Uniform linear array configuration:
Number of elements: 48
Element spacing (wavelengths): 1
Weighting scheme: blackman
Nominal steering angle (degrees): -15
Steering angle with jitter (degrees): -15.605
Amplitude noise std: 0.05
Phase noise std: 0.05

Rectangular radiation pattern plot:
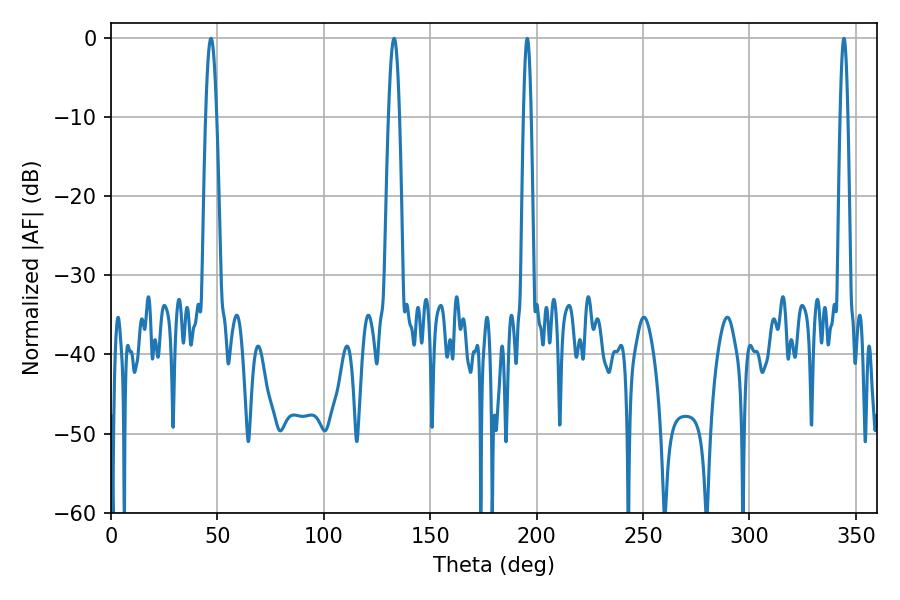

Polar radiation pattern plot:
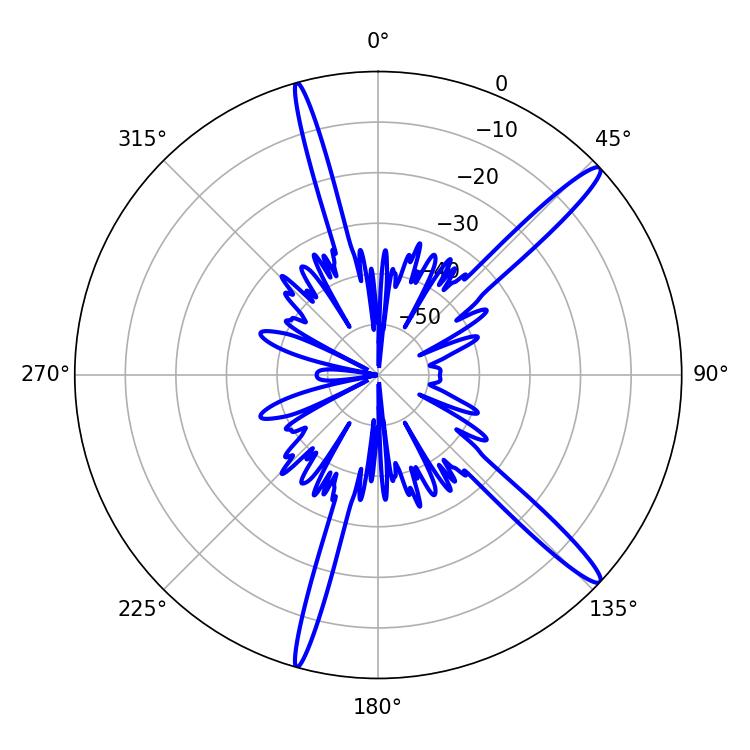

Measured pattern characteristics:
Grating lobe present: TRUE
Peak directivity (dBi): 15.311
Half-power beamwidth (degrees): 2.88
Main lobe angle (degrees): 46.98